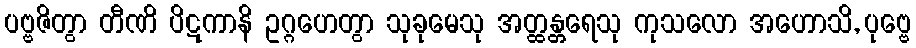
ပဗ္ဗဇိတွာ တီဏိ ပိဋကာနိ ဥဂ္ဂဟေတွာ သုခုမေသု အတ္ထန္တရေသု ကုသလော အဟောသိ, ပုဗ္ဗေ